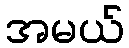
အမယ်